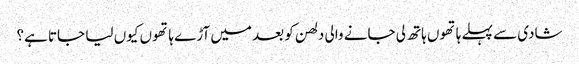
شادی سے پہلے ہاتھوں ہاتھ لی جانے والی دلھن کو بعد میں آڑے ہاتھوں کیوں لیا جاتا ہے؟